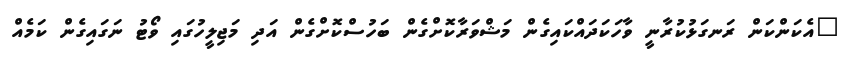
"އެކަންކަން ރަނގަޅުކުރާނީ ވާހަކަދައްކައިގެން މަޝްވަރާކޮށްގެން ބަހުސްކޮށްގެން އަދި މަޖިލީހުގައި ވޯޓު ނަގައިގެން ކަމެއް